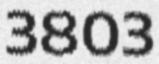
3803